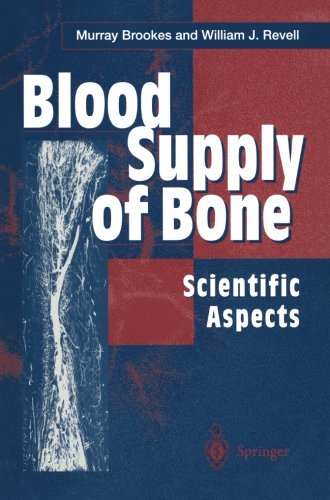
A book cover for Blood Supply of Bone: Scientific Aspects; Murray Brookes; Engineering & Transportation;